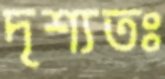
দৃশ্যতঃ